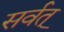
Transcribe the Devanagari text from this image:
सर्वत्